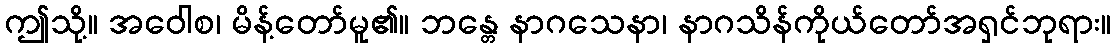
ဤသို့။ အဝေါစ၊ မိန့်တော်မူ၏။ ဘန္တေ နာဂသေနာ၊ နာဂသိန်ကိုယ်တော်အရှင်ဘုရား။